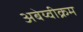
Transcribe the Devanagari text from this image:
अबेय्वीक्रम